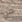
من